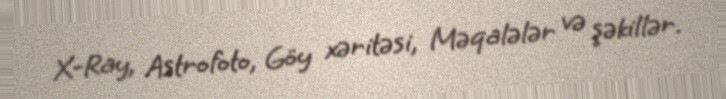
X-Ray, Astrofoto, Göy xəritəsi, Məqalələr və şəkillər.